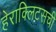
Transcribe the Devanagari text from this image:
हेराक्लिटसची